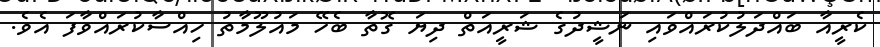
ކެރީއާ ބައްދަލުކުރައްވައި ނަޝީދުގެ ޝަރީއަތް ދިޔަ ގޮތާ ބެހޭ މައުލޫމާތު ހިއްސާކުރައްވާފަ އެވެ.